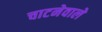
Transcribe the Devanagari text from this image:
चाटनेवाले